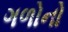
ગળોનો